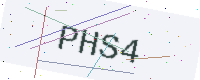
Text: PHS4